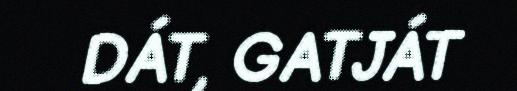
DÁT, GATJÁT